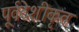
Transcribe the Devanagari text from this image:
पूर्वदेशीकृत